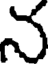
న